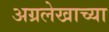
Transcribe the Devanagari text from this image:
अग्रलेखाच्या